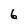
Character: 6